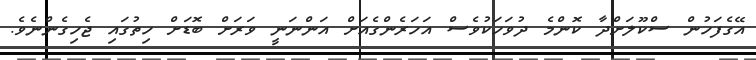
އޭގެފަހުން ސްކޫލަށްދާ ކޮންމެ ދުވަހަކުވެސް އަހަރެންގެއަށް އަންނަނީ ވަރަށް ބޮޑަށް ހިތުގައި ޖެހިގެންނެވެ.